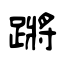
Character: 蹡